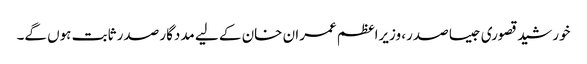
خورشید قصوری جیسا صدر، وزیراعظم عمران خان کے لیے مددگار صدر ثابت ہوں گے۔